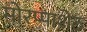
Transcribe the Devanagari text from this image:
मोरप्पाशेठ